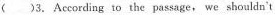
()3.According to the passage, we shouldn't